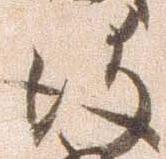
彼